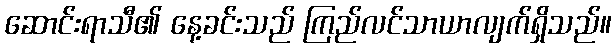
ဆောင်းရာသီ၏ နေ့ခင်းသည် ကြည်လင်သာယာလျက်ရှိသည်။